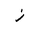
Letter: _zay